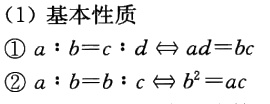
(1) 基本性质

\textcircled{1} \(a:b = c:d\Leftrightarrow ad = bc\)

\textcircled{2} \(a:b = b:c\Leftrightarrow b^{2}=ac\)